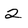
Character: 2